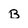
Character: B